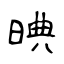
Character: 晪